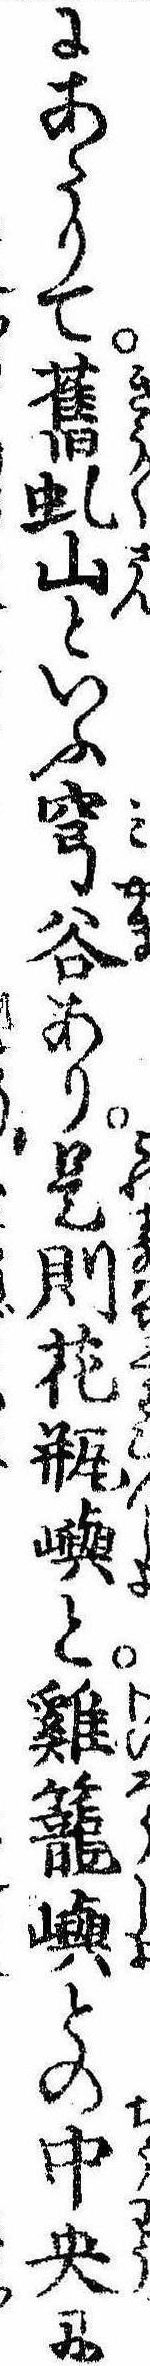
にあたりて旧虬山といふ穹谷あり是則花瓶嶼と鶏篭嶼との中央に